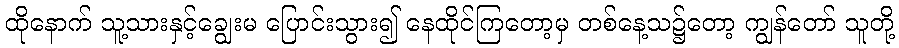
ထိုနောက် သူ့သားနှင့်ချွေးမ ပြောင်းသွား၍ နေထိုင်ကြတော့မှ တစ်နေ့သ၌တော့ ကျွန်တော် သူတို့